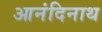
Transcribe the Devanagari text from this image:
आनंदिनाथ